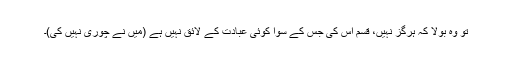
تو وہ بولا کہ ہرگز نہیں، قسم اس کی جس کے سوا کوئی عبادت کے لائق نہیں ہے (میں نے چوری نہیں کی)۔